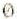
0